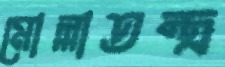
মোল্লাতন্ত্র